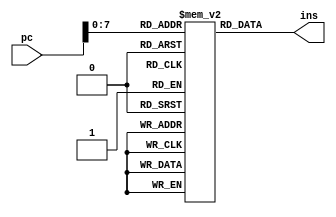
module fetch (pc, ins); 
    input [31:0] pc; 
    output [31:0] ins; 
    reg [31:0] ins_mem[0:255]; 
     
    assign ins = ins_mem[pc]; 
endmodule